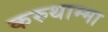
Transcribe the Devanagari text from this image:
करुथाम्मा